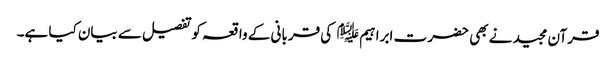
قرآن مجید نے بھی حضر ت ابراہیم ﷤ کی قربانی کے واقعہ کوتفصیل سے بیان کیا ہے۔